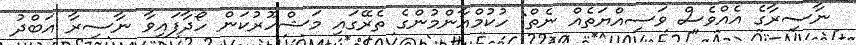
ނާސިރާގެ އެއްވެސް ވަސިއްޔަތެއް ނެތް: ހުކުމްއާންމުންގެ ތެރޭގައި މަޝްހޫރުކަން ހޯދާފައިވާ ނާސިރާ އަބްދު